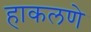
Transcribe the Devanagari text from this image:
हाकलणे